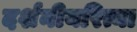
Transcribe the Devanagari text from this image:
दर्शनीयरित्या